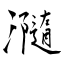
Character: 瀡